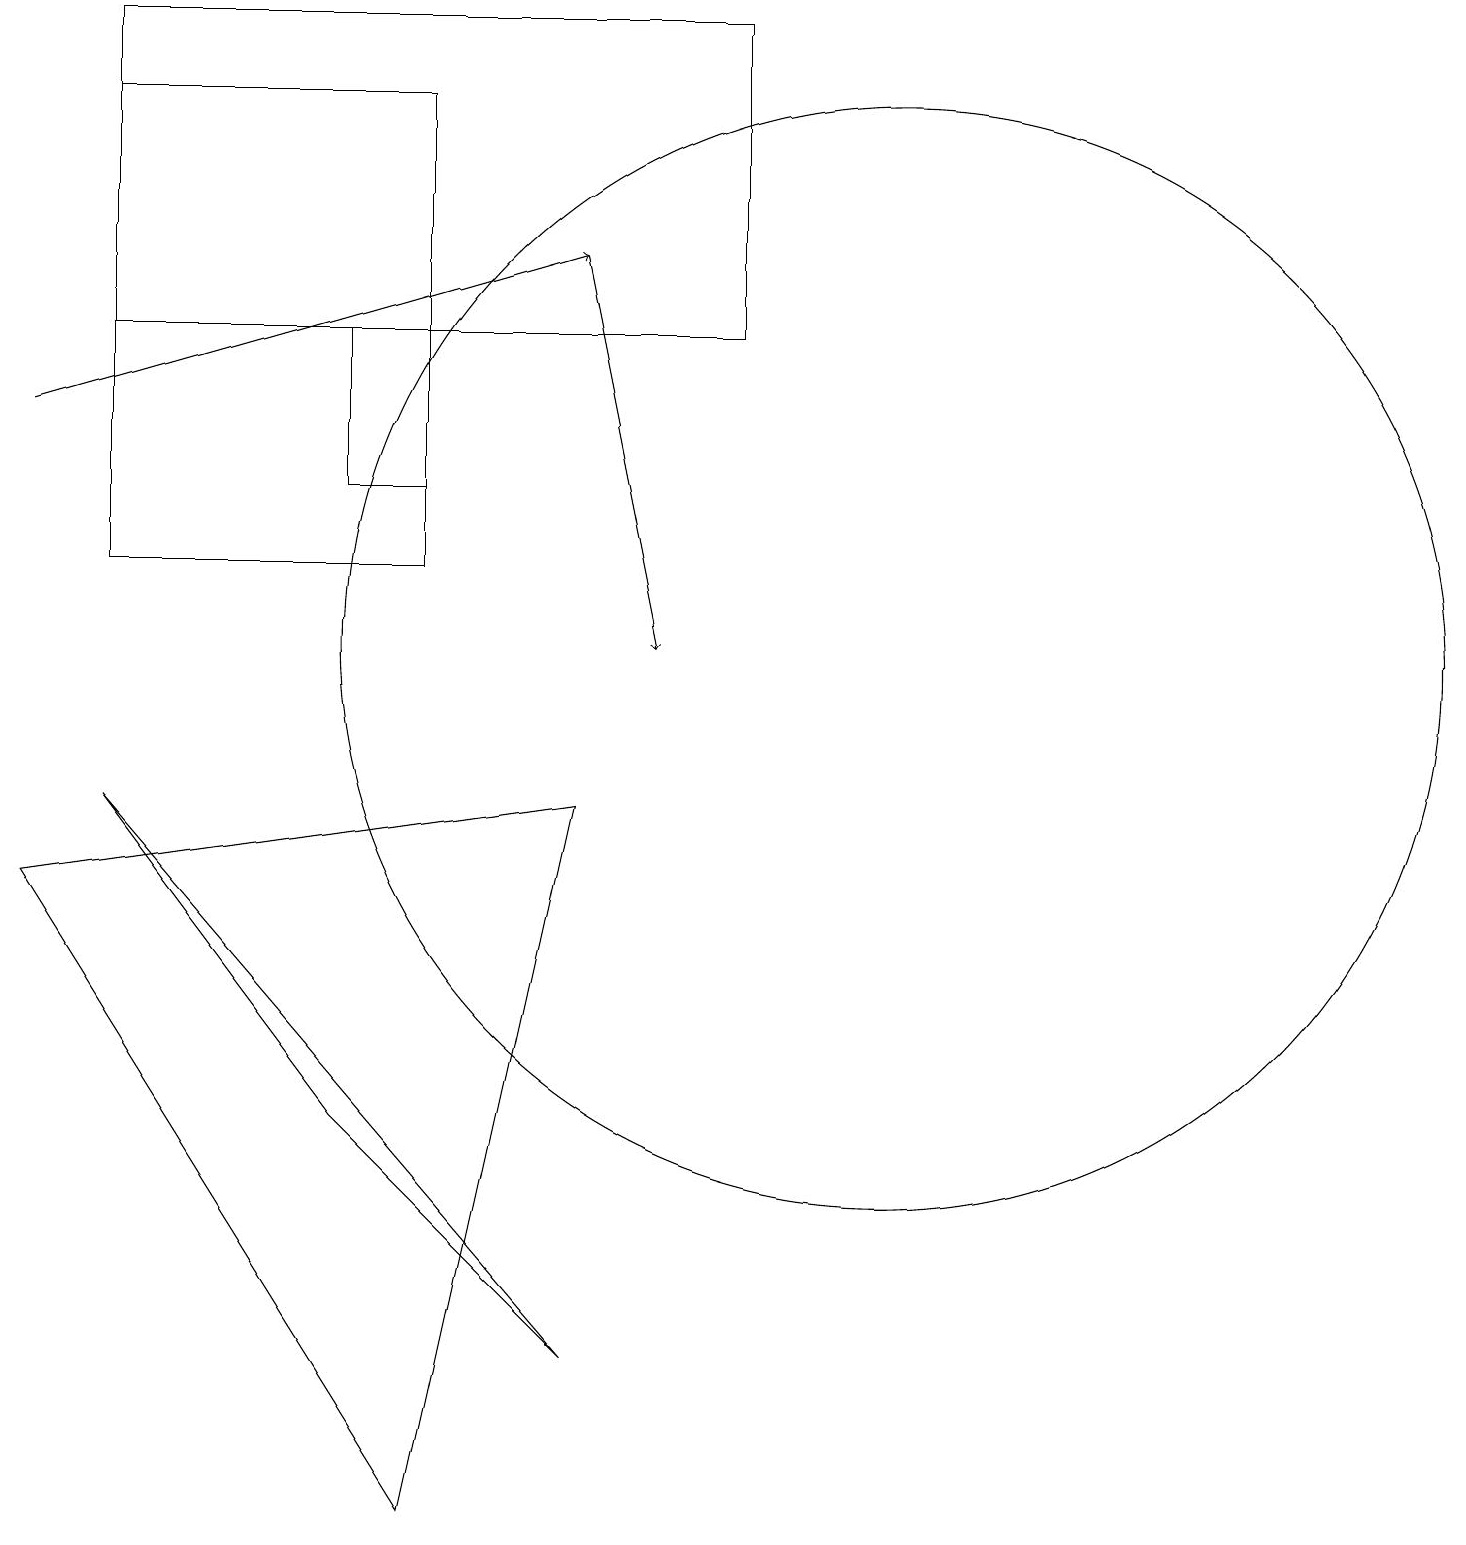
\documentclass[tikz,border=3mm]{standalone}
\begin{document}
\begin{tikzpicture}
\draw (0,8) -- (7,9) -- (5,0) -- cycle;
\draw (5,15) rectangle (4,13);
\draw[->] (7,16) -- (8,11);
\draw[->] (0,14) -- (7,16);
\draw (11,11) circle (7);
\draw (7,2) -- (4,5) -- (1,9) -- cycle;
\draw (1,15) rectangle (9,19);
\draw (5,18) rectangle (1,12);
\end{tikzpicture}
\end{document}